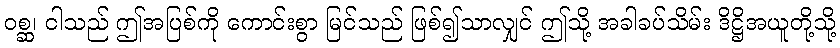
ဝစ္ဆ၊ ငါသည် ဤအပြစ်ကို ကောင်းစွာ မြင်သည် ဖြစ်၍သာလျှင် ဤသို့ အခါခပ်သိမ်း ဒိဋ္ဌိအယူတို့သို့